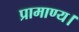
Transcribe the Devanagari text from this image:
प्रामाण्य।